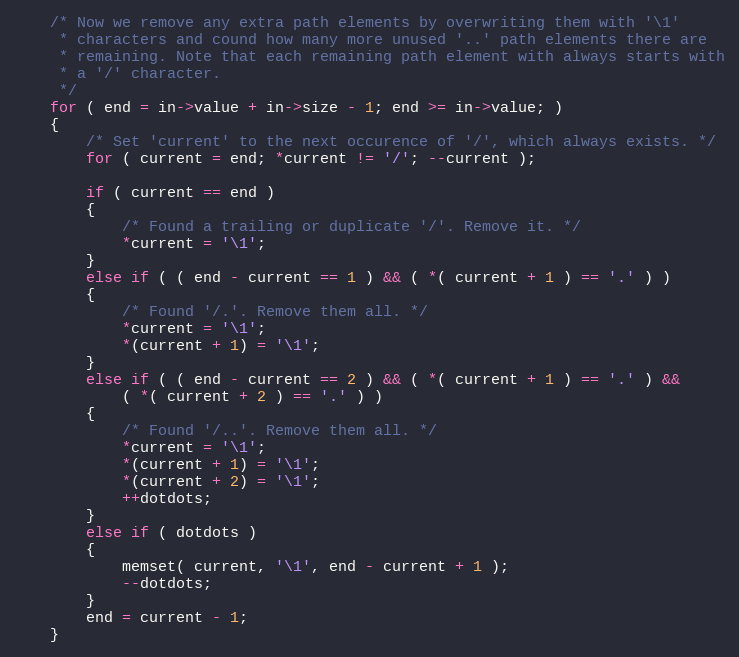
Language: C
    /* Now we remove any extra path elements by overwriting them with '\1'
     * characters and cound how many more unused '..' path elements there are
     * remaining. Note that each remaining path element with always starts with
     * a '/' character.
     */
    for ( end = in->value + in->size - 1; end >= in->value; )
    {
        /* Set 'current' to the next occurence of '/', which always exists. */
        for ( current = end; *current != '/'; --current );

        if ( current == end )
        {
            /* Found a trailing or duplicate '/'. Remove it. */
            *current = '\1';
        }
        else if ( ( end - current == 1 ) && ( *( current + 1 ) == '.' ) )
        {
            /* Found '/.'. Remove them all. */
            *current = '\1';
            *(current + 1) = '\1';
        }
        else if ( ( end - current == 2 ) && ( *( current + 1 ) == '.' ) &&
            ( *( current + 2 ) == '.' ) )
        {
            /* Found '/..'. Remove them all. */
            *current = '\1';
            *(current + 1) = '\1';
            *(current + 2) = '\1';
            ++dotdots;
        }
        else if ( dotdots )
        {
            memset( current, '\1', end - current + 1 );
            --dotdots;
        }
        end = current - 1;
    }